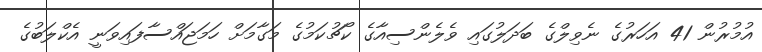
އުމުރުން 41 އަހަރުގެ ނެވިލްގެ ބަދަލުގައި ވެލެންސިއާގެ ކޯޗުކަމުގެ މަގާމަށް ހަމަޖައްސާފައިވަނީ އެކްލަބުގެ